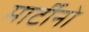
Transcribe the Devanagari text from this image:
मार्टीनो